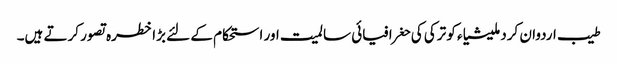
طیب اردوان کردملیشیاء کو ترکی کی حغرافیائی سالمیت اور استحکام کے لئے بڑا خطرہ تصور کرتے ہیں۔